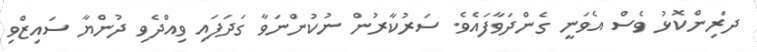
ދަރިންކޮޅު ވެސް އެވަނީ ގެންދަވާފައެވެ. ސަރުކާރުން ނުކުންނަވާ ގަދަފައި ވިއްދެވި ދުންޔާ ސައިޒްވި